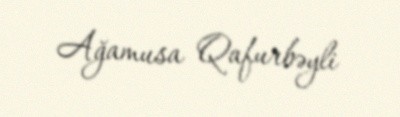
Ağamusa Qafurbəyli